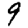
Digit: 9